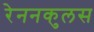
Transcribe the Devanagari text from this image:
रेननकुलस